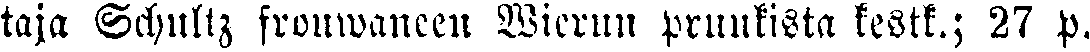
taja Schultz frouwaneen Wierun pruukista kestk.; 27 p.